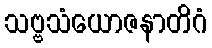
သဗ္ဗသံယောဇနာတိဂံ